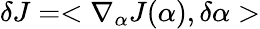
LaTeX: \delta J=<\nabla_{\alpha}J(\alpha),\delta\alpha>